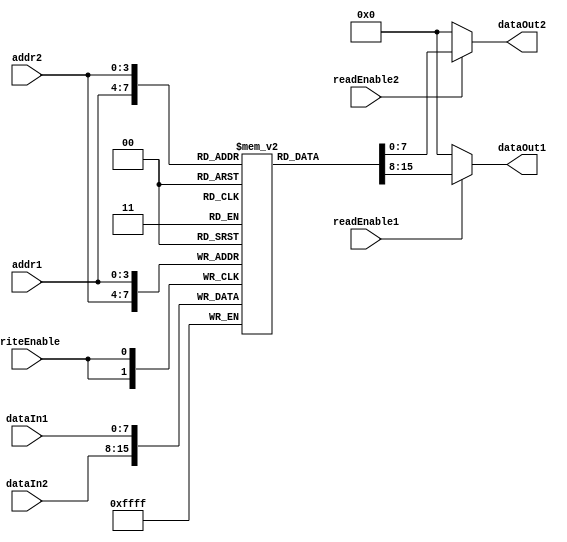
module DualPortRegisterFile
#(
    parameter DATA_WIDTH = 8,
    parameter DEPTH = 16
)
(
    input wire [DATA_WIDTH-1:0] dataIn1, dataIn2,
    input wire [3:0] addr1, addr2,
    input wire readEnable1, readEnable2,
    input wire writeEnable,
    output reg [DATA_WIDTH-1:0] dataOut1, dataOut2
);

reg [DATA_WIDTH-1:0] registers [DEPTH-1:0];

always @(posedge writeEnable)
begin
    if (writeEnable)
    begin
        registers[addr1] <= dataIn1;
        registers[addr2] <= dataIn2;
    end
end

always @(*)
begin
    if (readEnable1)
        dataOut1 <= registers[addr1];
    else
        dataOut1 <= 0;

    if (readEnable2)
        dataOut2 <= registers[addr2];
    else
        dataOut2 <= 0;
end

endmodule